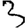
Digit: 3